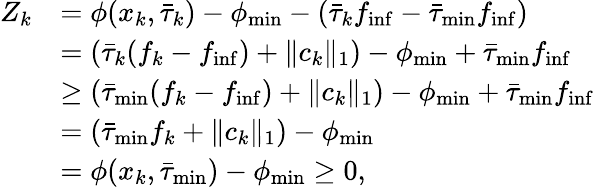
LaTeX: \begin{array}{rl}{Z_{k}}&{=\phi(x_{k},\bar{\tau}_{k})-\phi_{\operatorname*{min}}-(\bar{\tau}_{k}f_{\operatorname*{inf}}-\bar{\tau}_{\operatorname*{min}}f_{\operatorname*{inf}})}\\ &{=(\bar{\tau}_{k}(f_{k}-f_{\operatorname*{inf}})+\| c_{k}\| _{1})-\phi_{\operatorname*{min}}+\bar{\tau}_{\operatorname*{min}}f_{\operatorname*{inf}}}\\ &{\geq(\bar{\tau}_{\operatorname*{min}}(f_{k}-f_{\operatorname*{inf}})+\| c_{k}\| _{1})-\phi_{\operatorname*{min}}+\bar{\tau}_{\operatorname*{min}}f_{\operatorname*{inf}}}\\ &{=(\bar{\tau}_{\operatorname*{min}}f_{k}+\| c_{k}\| _{1})-\phi_{\operatorname*{min}}}\\ &{=\phi(x_{k},\bar{\tau}_{\operatorname*{min}})-\phi_{\operatorname*{min}}\geq 0,}\end{array}